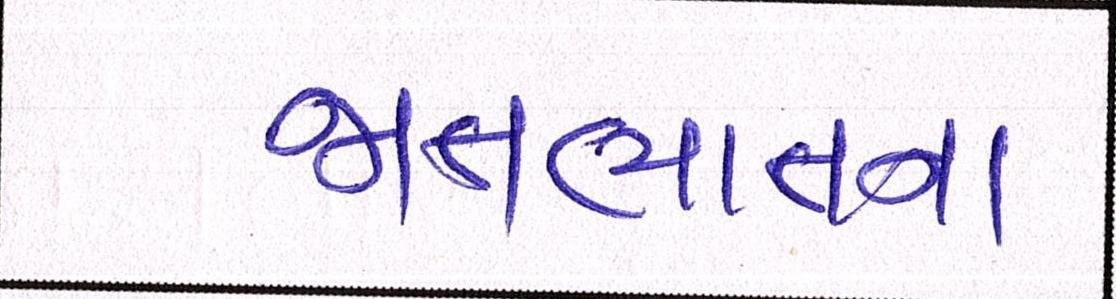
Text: જાતભાતના